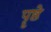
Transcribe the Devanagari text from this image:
पॄष्ठे